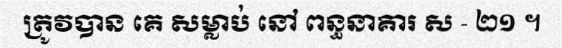
ត្រូវបាន គេ សម្លាប់ នៅ ពន្ធនាគារ ស - ២១ ។